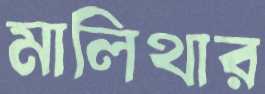
মালিথার